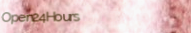
Open24Hours